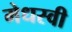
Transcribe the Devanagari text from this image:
मेधस्वी